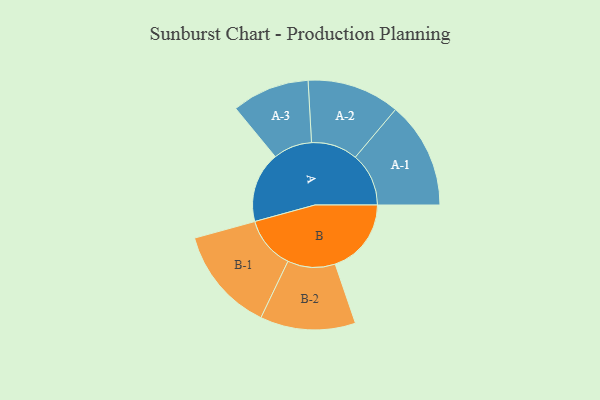
{"axis": {"x": "Segment", "y": "Value"}, "legend": ["", "A", "B"], "data": [{"x": "A", "y": 382, "type": ""}, {"x": "B", "y": 412, "type": ""}, {"x": "A-1", "y": 289, "type": "A"}, {"x": "A-2", "y": 251, "type": "A"}, {"x": "A-3", "y": 210, "type": "A"}, {"x": "B-1", "y": 284, "type": "B"}, {"x": "B-2", "y": 258, "type": "B"}]}